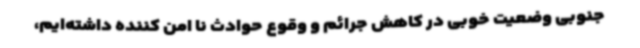
جنوبی وضعیت خوبی در کاهش جرائم و وقوع حوادث نا امن کننده داشته‌ایم،